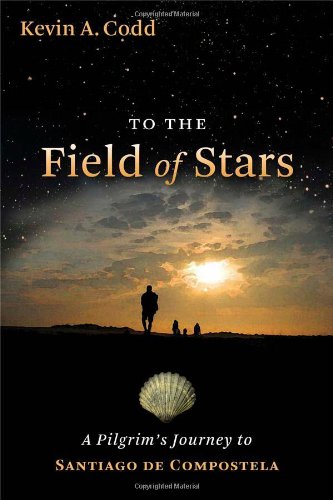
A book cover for To the Field of Stars: A Pilgrim's Journey to Santiago de Compostela; Kevin A. Codd; Christian Books & Bibles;